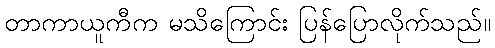
တာကာယူကီက မသိကြောင်း ပြန်ပြောလိုက်သည်။